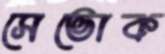
সেভোক